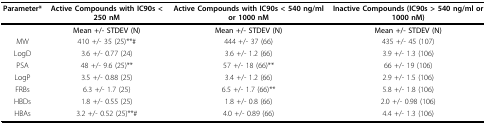
<table><thead><tr><td><b>Parameter*</b></td><td><b>Active Compounds with IC90s &lt; 250 nM</b></td><td><b>Active Compounds with IC90s &lt; 540 ng/ml or 1000 nM</b></td><td><b>Inactive Compounds (IC90s &gt; 540 ng/ml or 1000 nM)</b></td></tr><tr><td></td><td><b>Mean +/- STDEV (N)</b></td><td><b>Mean +/- STDEV (N)</b></td><td><b>Mean +/- STDEV (N)</b></td></tr></thead><tbody><tr><td>MW</td><td>410 +/- 35 (25)**#</td><td>444 +/- 37 (66)</td><td>435 +/- 45 (107)</td></tr><tr><td>LogD</td><td>3.6 +/- 0.77 (24)</td><td>3.6 +/- 1.2 (66)</td><td>3.9 +/- 1.3 (106)</td></tr><tr><td>PSA</td><td>48 +/- 9.6 (25)**</td><td>57 +/- 18 (66)**</td><td>66 +/- 19 (106)</td></tr><tr><td>LogP</td><td>3.5 +/- 0.88 (25)</td><td>3.4 +/- 1.2 (66)</td><td>2.9 +/- 1.5 (106)</td></tr><tr><td>FRBs</td><td>6.3 +/- 1.7 (25)</td><td>6.5 +/- 1.7 (66)**</td><td>5.8 +/- 1.8 (106)</td></tr><tr><td>HBDs</td><td>1.8 +/- 0.55 (25)</td><td>1.8 +/- 0.8 (66)</td><td>2.0 +/- 0.98 (106)</td></tr><tr><td>HBAs</td><td>3.2 +/- 0.52 (25)**#</td><td>4.0 +/- 0.89 (66)</td><td>4.4 +/- 1.3 (106)</td></tr></tbody></table>